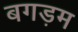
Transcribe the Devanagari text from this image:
बगड़म